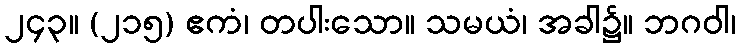
၂၄၃။ (၂၁၅) ဧကံ၊ တပါးသော။ သမယံ၊ အခါ၌။ ဘဂဝါ၊